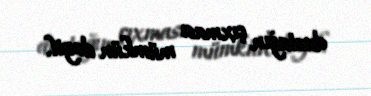
dustağın çıxması mümkün deyil.